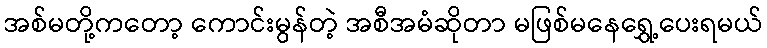
အစ်မတို့ကတော့ ကောင်းမွန်တဲ့ အစီအမံဆိုတာ မဖြစ်မနေရွှေ့ပေးရမယ်